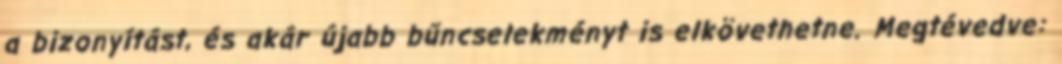
a bizonyítást, és akár újabb bűncselekményt is elkövethetne. Megtévedve: